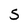
Character: S